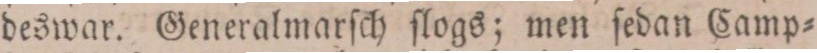
deswar. Generalmarſch ſlogs; men ſedan Camp=